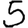
Digit: 5